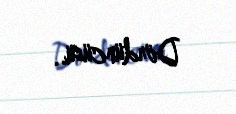
Dördüncüsü..